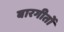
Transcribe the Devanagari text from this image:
बारगीतों